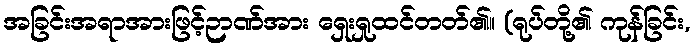
အခြင်းအရာအားဖြင့်ဉာဏ်အား ရှေးရှုထင်တတ်၏။ (ရုပ်တို့၏ ကုန်ခြင်း,